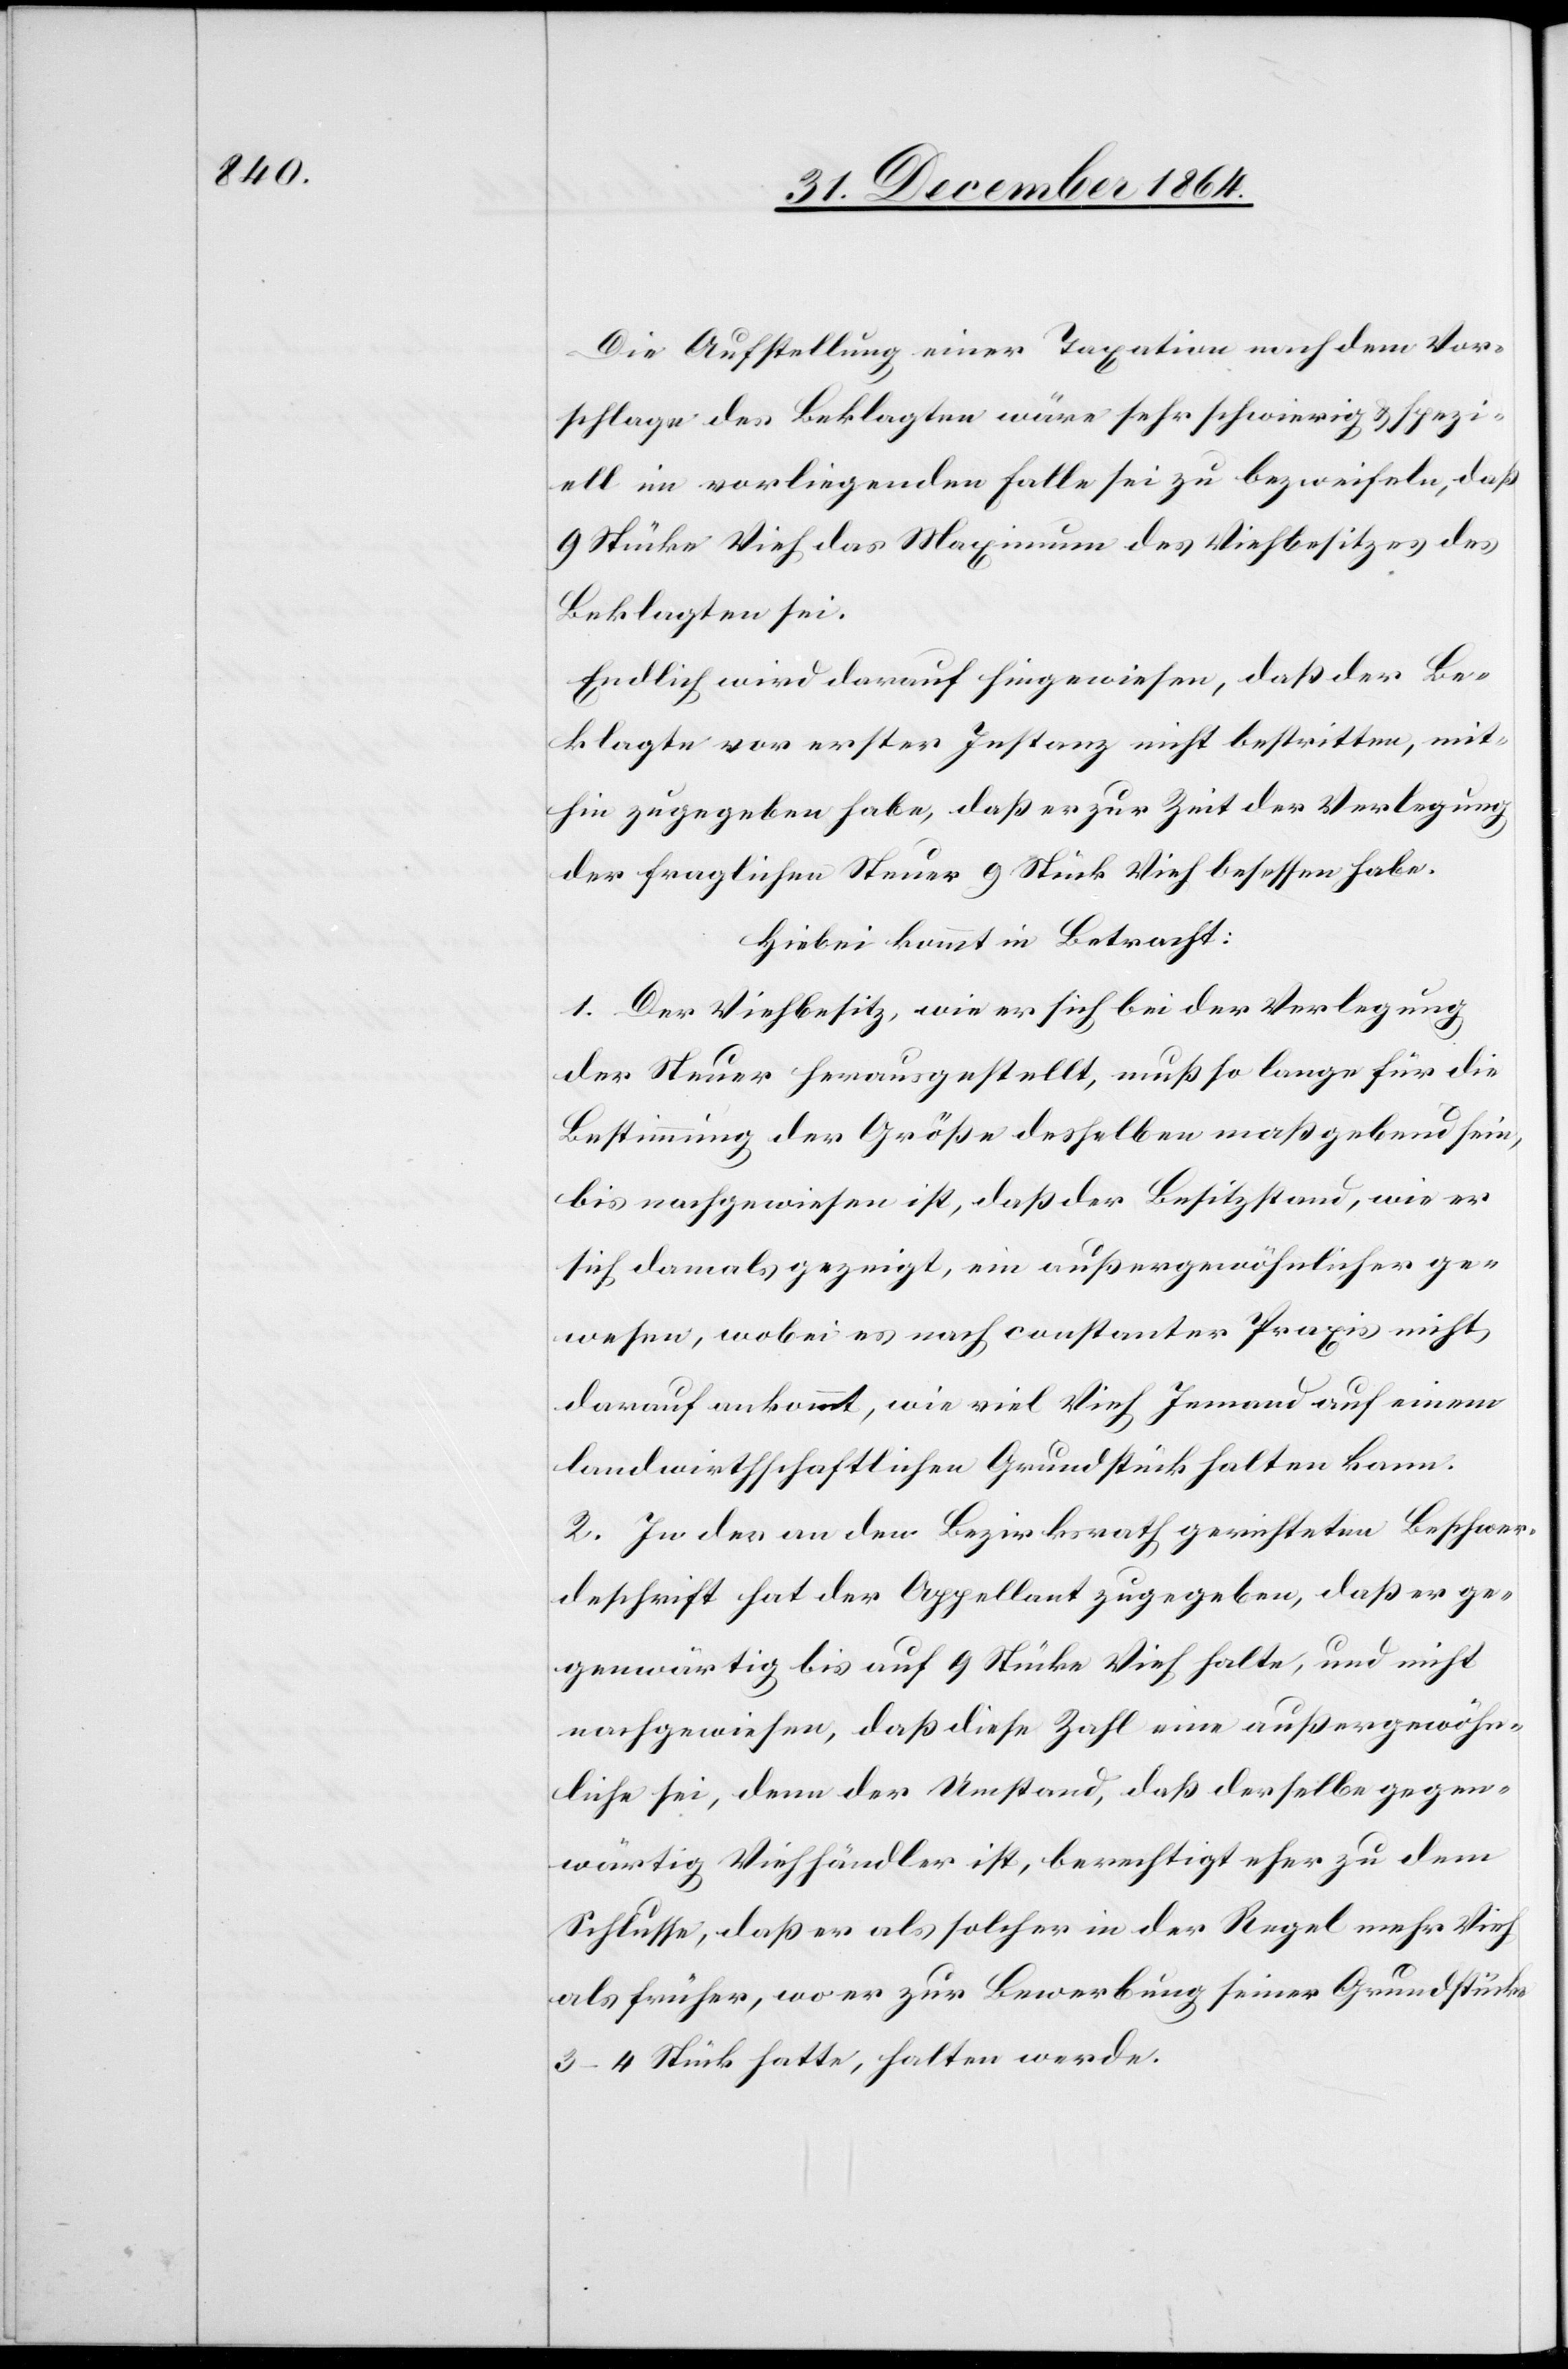
Die Aufstellung einer Taxation nach dem Vor¬
schlage der Beklagten wäre sehr schwierig & spezi¬
ell im vorliegenden Falle sei zu bezweifeln, daß
9 Stücke Vieh das Maximum des Viehbesitzes des
Beklagten sei.
Endlich wird darauf hingewiesen, daß der Be¬
klagte vor erster Instanz nicht bestritten, mit¬
hin zugegeben habe, daß er zur Zeit der Verlegung
der fraglichen Steuer 9 Stück Vieh besessen habe.
Hiebei kommt in Betracht:
1. Der Viehbesitz, wie er sich bei der Verlegung
der Steuer herausgestellt, muß so lange für die
Bestimmung der Größe desselben maßgebend sein,
bis nachgewiesen ist, daß der Besitzstand, wie er
sich damals gezeigt, ein außergewöhnlicher ge¬
wesen, wobei es nach constanter Praxis nicht
darauf ankommt, wie viel Vieh Jemand auf einem
landwirthschaftlichen Grundstück halten kann.
2. In der an den Bezirksrath gerichteten Beschwer¬
deschrift hat der Appellant zugegeben, daß er ge¬
genwärtig bis auf 9 Stücke Vieh halte, und nicht
nachgewiesen, daß diese Zahl eine außergewöhn¬
liche sei, denn der Umstand, daß derselbe gegen¬
wärtig Viehhändler ist, berechtigt eher zu dem
Schlusse, daß er als solcher in der Regel mehr Vieh
als früher, wo er zur Bewerbung seiner Grundstücke
3–4 Stücke hatte, halten werde.